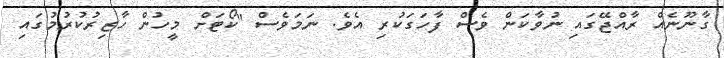
ގާނޫނެއް ރާއްޖޭގައި ނުވާކަން ވެސް ފާހަގަކުރި އެވެ. ނަމަވެސް "ކޯޓަށް މީހުން ހާޒިރުކުރުމުގައި